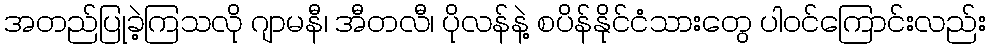
အတည်ပြုခဲ့ကြသလို ဂျာမနီ၊ အီတလီ၊ ပိုလန်နဲ့ စပိန်နိုင်ငံသားတွေ ပါဝင်ကြောင်းလည်း